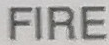
FIRE